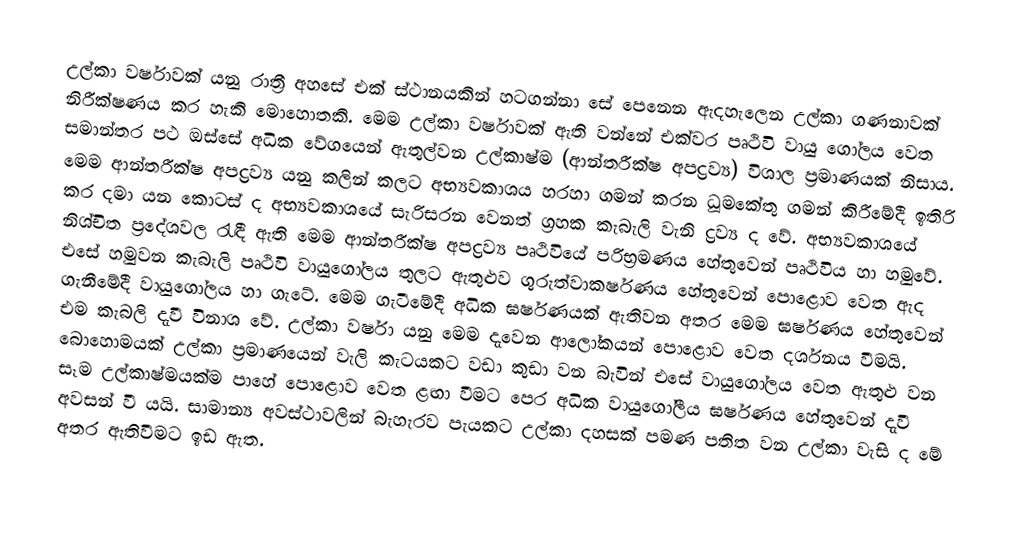
උල්කා වර්ෂාවක් යනු රාත්‍රී අහසේ එක් ස්ථානයකින් හටගන්නා සේ පෙනෙන ඇදහැලෙන උල්කා ගණනාවක් නිරීක්ෂණය කර හැකි මොහොතකි. මෙම උල්කා වර්ෂාවක් ඇති වන්නේ එක්වර පෘථිවි වායු ගෝලය වෙත  සමාන්තර පථ ඔස්සේ  අධික වේගයෙන් ඇතුල්වන උල්කාෂ්ම (ආන්තරීක්ෂ අපද්‍රව්‍ය) විශාල ප්‍රමාණයක් නිසාය. මෙම ආන්තරීක්ෂ අපද්‍රව්‍ය යනු කලින් කලට අභ්‍යවකාශය හරහා ගමන් කරන ධූමකේතු ගමන් කිරීමේදී ඉතිරි කර දමා යන කොටස් ද අභ්‍යවකාශයේ සැරිසරන වෙනත් ග්‍රහක කැබැලි වැනි ද්‍රව්‍ය ද වේ. අභ්‍යවකාශයේ නිශ්චිත ප්‍රදේශවල රැඳී ඇති මෙම ආන්තරීක්ෂ අපද්‍රව්‍ය පෘථිවියේ පරිභ්‍රමණය හේතුවෙන් පෘථිවිය හා හමුවේ. එසේ හමුවන කැබැලි පෘථිවි වායුගෝලය තුලට ඇතුළුව ගුරුත්වාකර්ෂණය හේතුවෙන් පොළොව වෙත ඇද ගැනීමේදී වායුගෝලය හා ගැටේ. මෙම ගැටීමේදී අධික ඝර්ෂණයක් ඇතිවන අතර මෙම ඝර්ෂණය හේතුවෙන් එම කැබලි දැවී විනාශ වේ. උල්කා වර්ෂා යනු මෙම දැවෙන ආලෝකයන් පොළොව වෙත දර්ශනය වීමයි. බොහොමයක් උල්කා ප්‍රමාණයෙන් වැලි කැටයකට වඩා කුඩා වන බැවින් එසේ වායුගෝලය වෙත ඇතුළු වන සෑම උල්කාෂ්මයක්ම පාහේ පොළොව වෙත ළඟා වීමට පෙර අධික වායුගෝලීය ඝර්ෂණය හේතුවෙන් දැවී අවසන් වී යයි. සාමාන්‍ය අවස්ථාවලින් බැහැරව පැයකට උල්කා දහසක් පමණ පතිත වන උල්කා වැසි ද මේ අතර ඇතිවීමට ඉඩ ඇත.